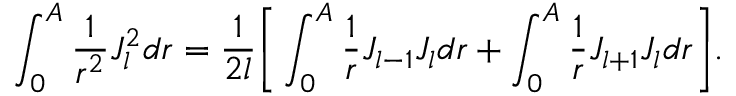
\int _ { 0 } ^ { A } \frac { 1 } { r ^ { 2 } } J _ { l } ^ { 2 } d r = \frac { 1 } { 2 l } \bigg [ \int _ { 0 } ^ { A } \frac { 1 } { r } J _ { l - 1 } J _ { l } d r + \int _ { 0 } ^ { A } \frac { 1 } { r } J _ { l + 1 } J _ { l } d r \bigg ] .